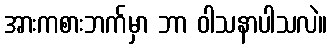
အားကစားဘက်မှာ ဘာ ဝါသနာပါသလဲ။